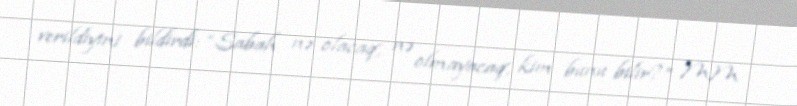
verildiyini bildirdi: “Sabah nə olacaq, nə olmayacaq, kim bunu bilir?” MM